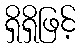
ရှိရှိဖြင့်